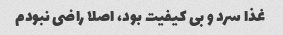
غذا سرد و بی کیفیت بود، اصلا راضی نبودم